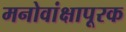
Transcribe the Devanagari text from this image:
मनोवांक्षापूरक